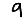
Digit: 9